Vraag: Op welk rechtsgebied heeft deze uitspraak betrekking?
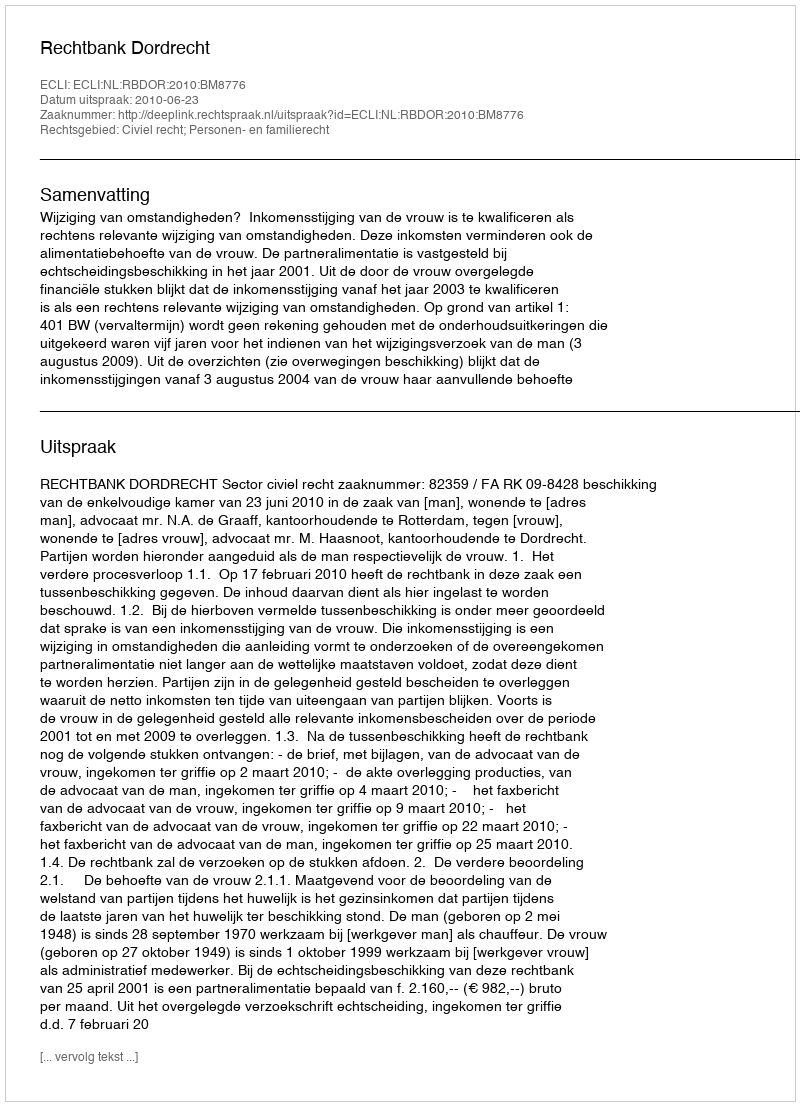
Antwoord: Civiel recht; Personen- en familierecht